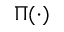
\Pi ( \cdot )